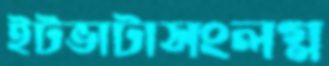
ইটভাটাসংলগ্ন